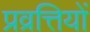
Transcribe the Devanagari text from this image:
प्रव्रत्तियों